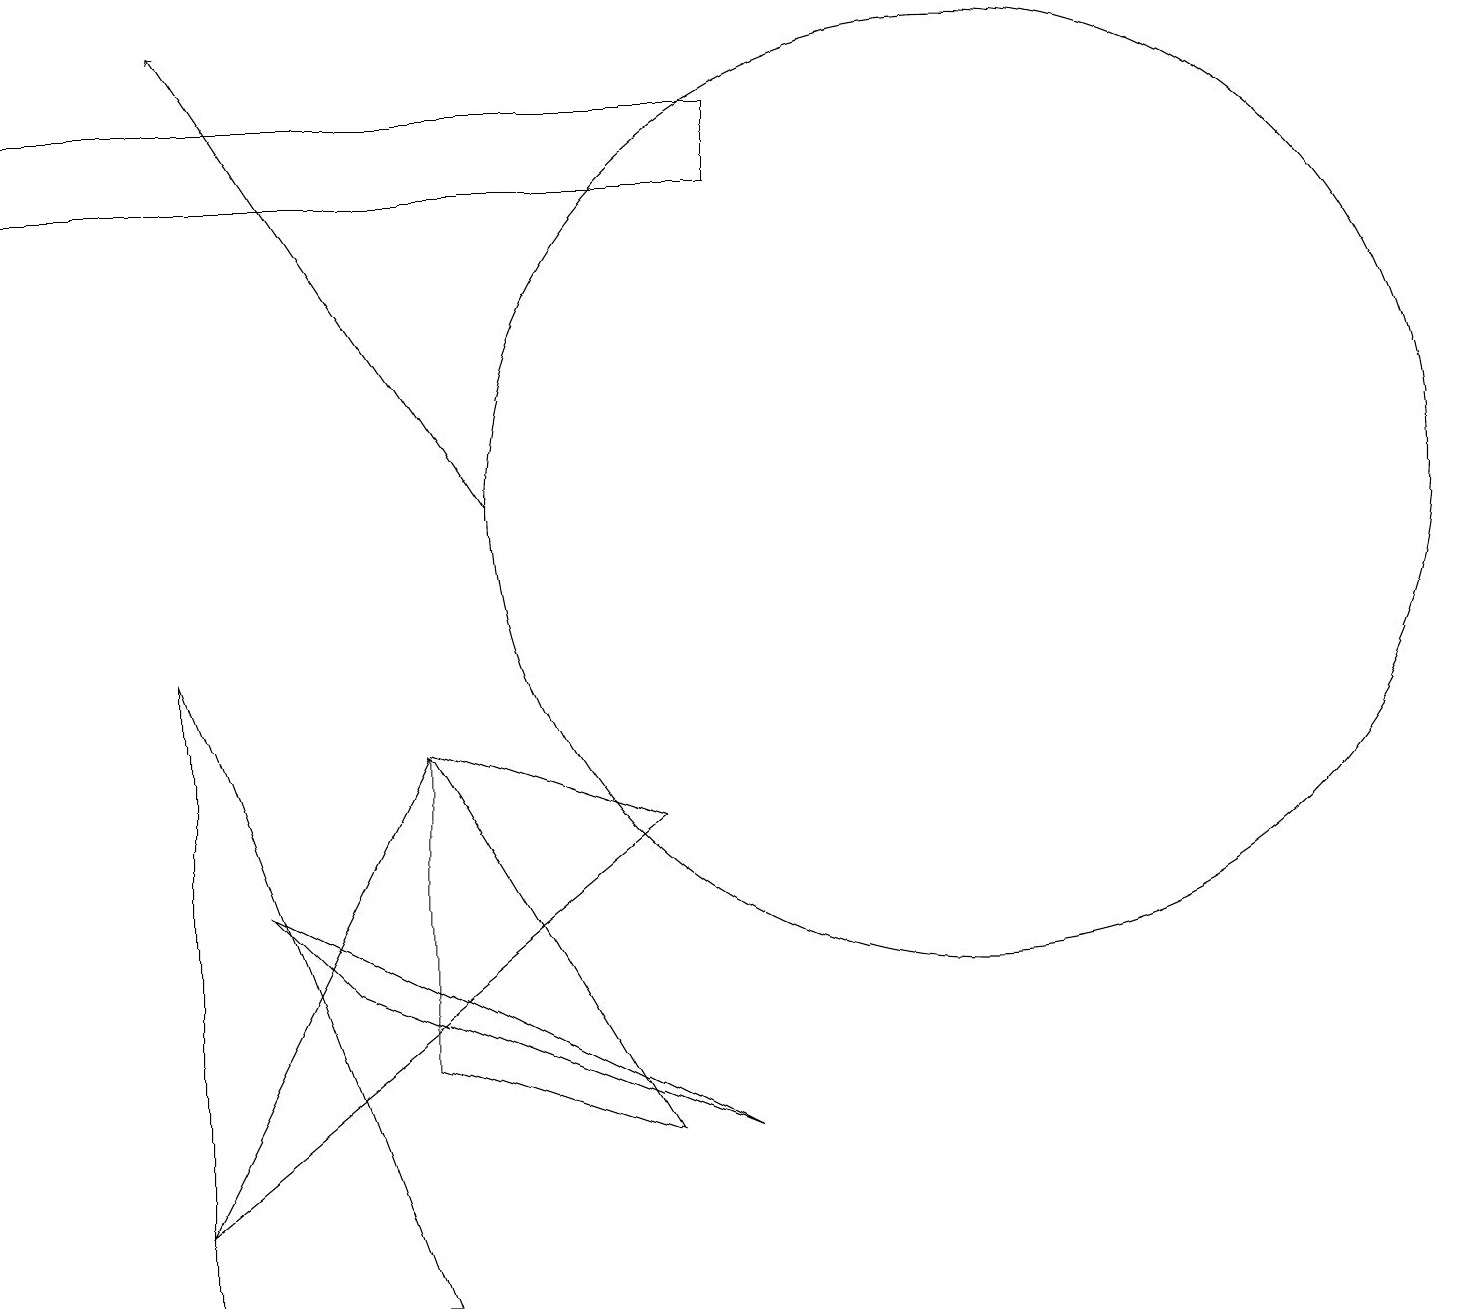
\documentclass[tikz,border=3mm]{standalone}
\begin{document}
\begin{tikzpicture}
\draw (12,11) circle (6);
\draw (5,8) -- (8,7) -- (2,2) -- cycle;
\draw (2,1) -- (5,1) -- (2,9) -- cycle;
\draw (9,3) -- (4,5) -- (3,6) -- cycle;
\draw (5,8) -- (8,3) -- (5,4) -- cycle;
\draw (9,15) rectangle (0,16);
\draw[->] (6,11) -- (2,17);
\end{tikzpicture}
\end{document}